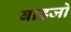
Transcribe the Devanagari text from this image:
बाडजो